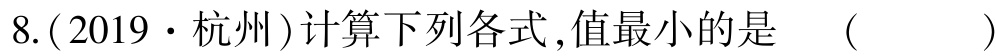
8.(2019·杭州)计算下列各式,值最小的是 （  ）